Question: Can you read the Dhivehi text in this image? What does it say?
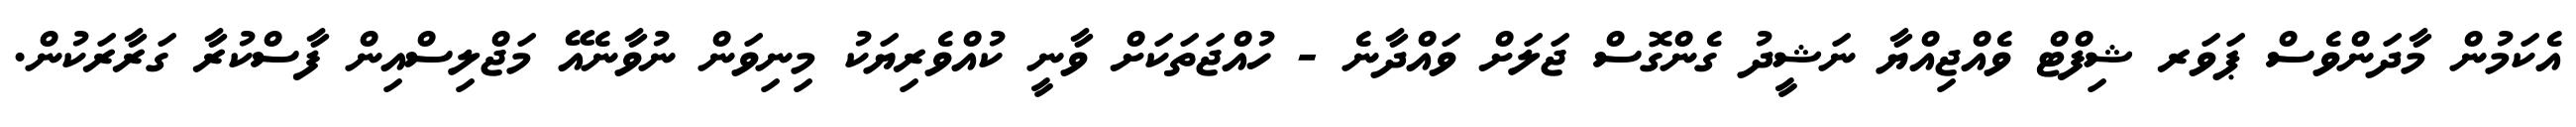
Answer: އެކަމުން މާދަންވެސް ޕަވަރ ޝިފްޓް ވެއްޖިއްޔާ ނަޝީދު ގެންގޮސް ޖަލަށް ވައްދާނެ - ހުއްޖަތަކަށް ވާނީ ކުއްވެރިޔަކު މިނިވަން ނުވާނެއޭ މަޖްލިސްއިން ފާސްކުރާ ގަރާރަކުން.